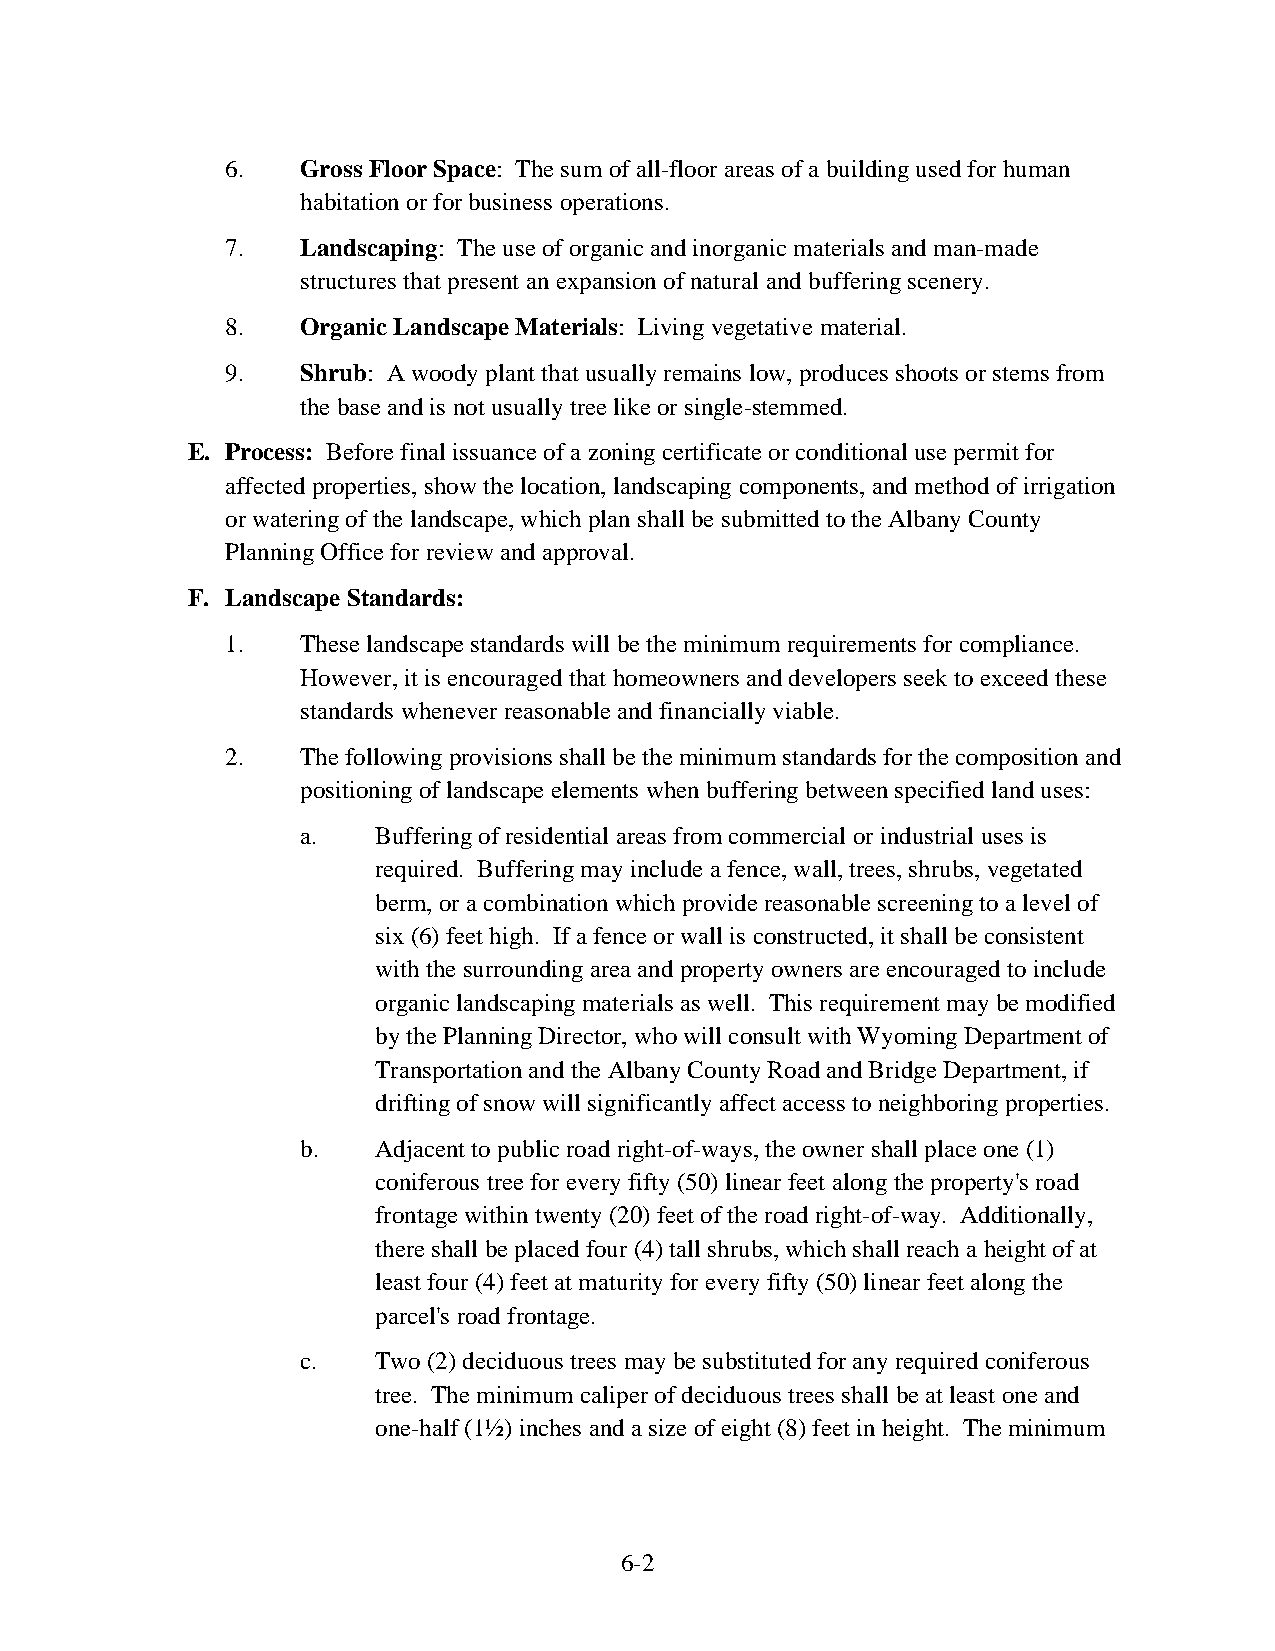
6.   Gross Floor Space: The sum of all-floor areas of a building used for human
 habitation or for business operations.
 7.   Landscaping: The use of organic and inorganic materials and man-made
 structures that present an expansion of natural and buffering scenery.
 8.   Organic Landscape Materials: Living vegetative material.
 9.   Shrub: A woody plant that usually remains low, produces shoots or stems from
 the base and is not usually tree like or single-stemmed.
 E. Process: Before final issuance of a zoning certificate or conditional use permit for
 affected properties, show the location, landscaping components, and method of irrigation
 or watering of the landscape, which plan shall be submitted to the Albany County
 Planning Office for review and approval.
 F. Landscape Standards:
 1.   These landscape standards will be the minimum requirements for compliance.
 However, it is encouraged that homeowners and developers seek to exceed these
 standards whenever reasonable and financially viable.
 2.   The following provisions shall be the minimum standards for the composition and
 positioning of landscape elements when buffering between specified land uses:
 a.   Buffering of residential areas from commercial or industrial uses is
 required. Buffering may include a fence, wall, trees, shrubs, vegetated
 berm, or a combination which provide reasonable screening to a level of
 six (6) feet high. If a fence or wall is constructed, it shall be consistent
 with the surrounding area and property owners are encouraged to include
 organic landscaping materials as well. This requirement may be modified
 by the Planning Director, who will consult with Wyoming Department of
 Transportation and the Albany County Road and Bridge Department, if
 drifting of snow will significantly affect access to neighboring properties.
 b.   Adjacent to public road right-of-ways, the owner shall place one (1)
 coniferous tree for every fifty (50) linear feet along the property's road
 frontage within twenty (20) feet of the road right-of-way. Additionally,
 there shall be placed four (4) tall shrubs, which shall reach a height of at
 least four (4) feet at maturity for every fifty (50) linear feet along the
 parcel's road frontage.
 c.   Two (2) deciduous trees may be substituted for any required coniferous
 tree. The minimum caliper of deciduous trees shall be at least one and
 one-half (1½) inches and a size of eight (8) feet in height. The minimum
 6-2